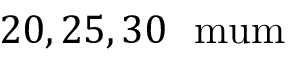
2 0 , 2 5 , 3 0 ~ \mathrm { \ m u m }